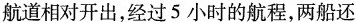
航道相对开出，经过5小时的航程，两船还